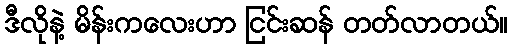
ဒီလိုနဲ့ မိန်းကလေးဟာ ငြင်းဆန် တတ်လာတယ်။